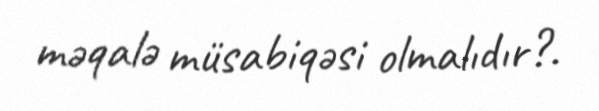
məqalə müsabiqəsi olmalıdır?.